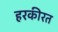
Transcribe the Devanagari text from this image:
हरकीरत